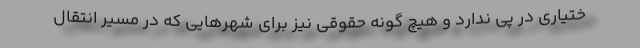
ختیاری در پی ندارد و هیچ گونه حقوقی نیز برای شهرهایی که در مسیر انتقال